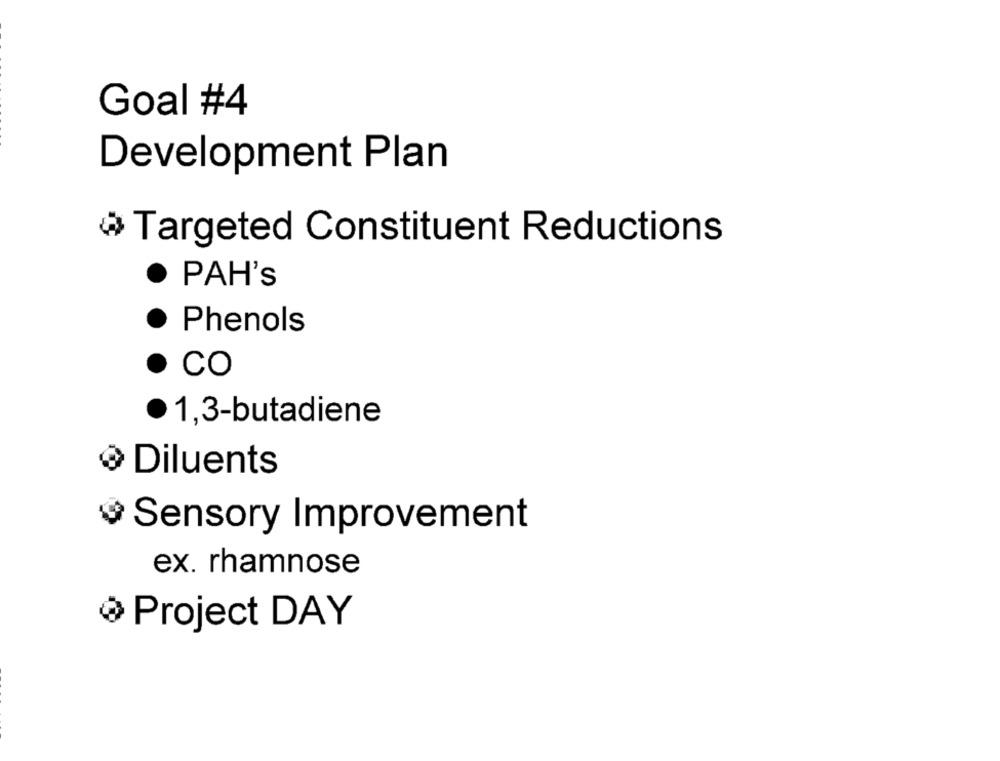
Goal #4
Development Plan
Targeted Constituent Reductions
PAH's
· Phenols
· CO
1,3-butadiene
Diluents
Sensory Improvement
ex. rhamnose
@ Project DAY